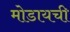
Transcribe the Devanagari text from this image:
मोडायची